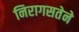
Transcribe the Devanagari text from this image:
निरागसतेने